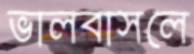
ভালবাসলে